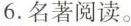
6.名著阅读。